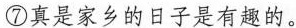
⑦真是家乡的日子是有趣的。